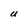
Character: U